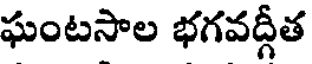
ఘంటసాల భగవద్గీత